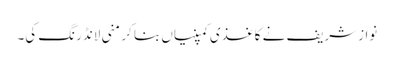
نوازشریف نے کاغذی کمپنیاں بنا کر منی لانڈرنگ کی۔